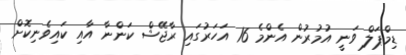
ޑިމްޕަލް ވަނީ އުމުރުން އެންމެ 16 އަހަރުގައި ރާޖޭޝް ކަންނާ އާއި ކައިވެނިކޮށް